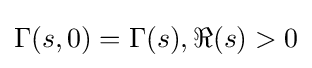
\Gamma (s,0)=\Gamma (s),\Re (s)>0